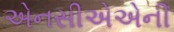
એનસીએએની